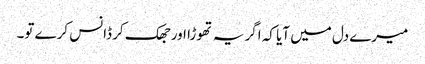
میرے دل میں آیا کہ اگر یہ تھوڑا اور جھک کر ڈانس کرے تو۔